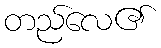
တည်လေ၏